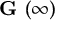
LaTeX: { \textbf { G } } ( \infty )